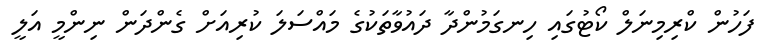
ފަހުން ކްރިމިނަލް ކޯޓުގައި ހިނގަމުންދާ ދައުވާތަކުގެ މައްސަލަ ކުރިއަށް ގެންދަން ނިންމީ އަލީ